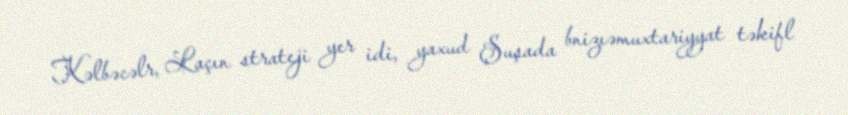
Kəlbəcəlr, Laçın strateji yer idi, yaxud Şuşada bnizıəmuxtariyyat təkifl